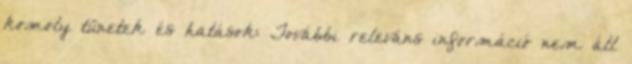
komoly tünetek és hatások: További releváns információ nem áll